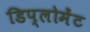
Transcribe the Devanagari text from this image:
डिप्लोमेंट